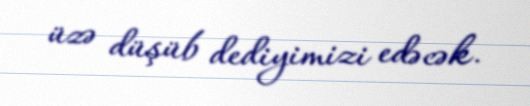
üzə düşüb dediyimizi edəcək.